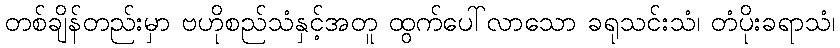
တစ်ချိန်တည်းမှာ ဗဟိုစည်သံနှင့်အတူ ထွက်ပေါ်လာသော ခရုသင်းသံ၊ တံပိုးခရာသံ၊